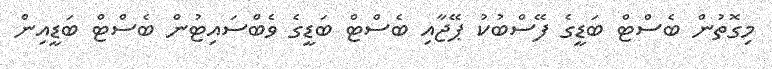
މިގޮތުން ބެސްޓް ބަޑީގެ ފޭސްބުކު ޕޭޖާއި ބެސްޓް ބަޑީގެ ވެބްސައިޓުން ބެސްޓް ބަޑީއިން